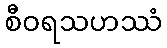
စီဝရသဟဿံ